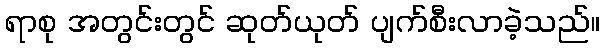
ရာစု အတွင်းတွင် ဆုတ်ယုတ် ပျက်စီးလာခဲ့သည်။